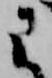
に